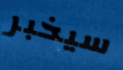
سيخبر